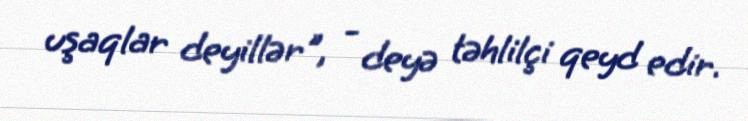
uşaqlar deyillər", - deyə təhlilçi qeyd edir.